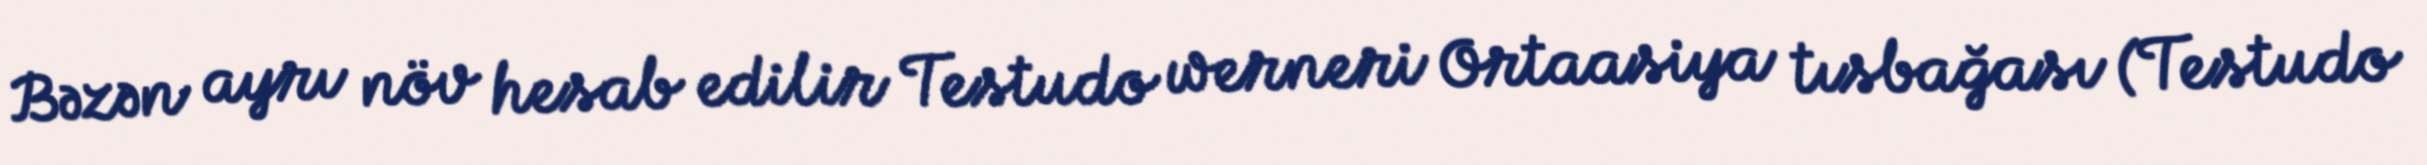
Bəzən ayrı növ hesab edilir Testudo werneri Ortaasiya tısbağası (Testudo